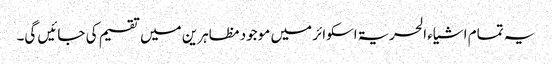
یہ تمام اشیاء الحریۃ اسکوائر میں موجود مظاہرین میں تقسیم کی جائیں گی۔